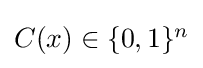
{\textstyle C(x)\in \{0,1\}^{n}}